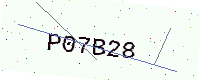
Text: P07B28